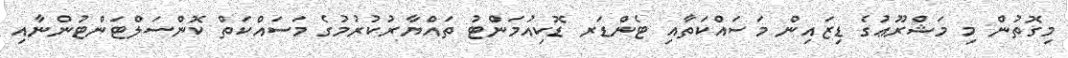
މިގޮތުން މި މަޝްރޫޢުގެ ޑިޒައިން މަސައްކަތާއި ޓެންޑަރ ޑޮކިއުމަންޓު ތައްޔާރުކުރުމުގެ މަސައްކަތް ކޮންސަލްޓަންޓުންނާއި